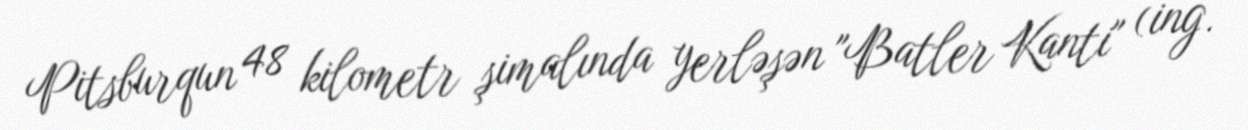
Pitsburqun 48 kilometr şimalında yerləşən "Batler Kanti" (ing.